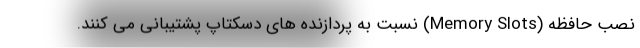
نصب حافظه (Memory Slots) نسبت به پردازنده های دسکتاپ پشتیبانی می کنند.